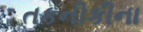
તકનીકીના